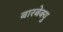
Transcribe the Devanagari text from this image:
बारबेक्यु